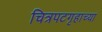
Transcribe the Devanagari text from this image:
चित्रपटगृहाच्या